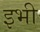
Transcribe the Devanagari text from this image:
इभी